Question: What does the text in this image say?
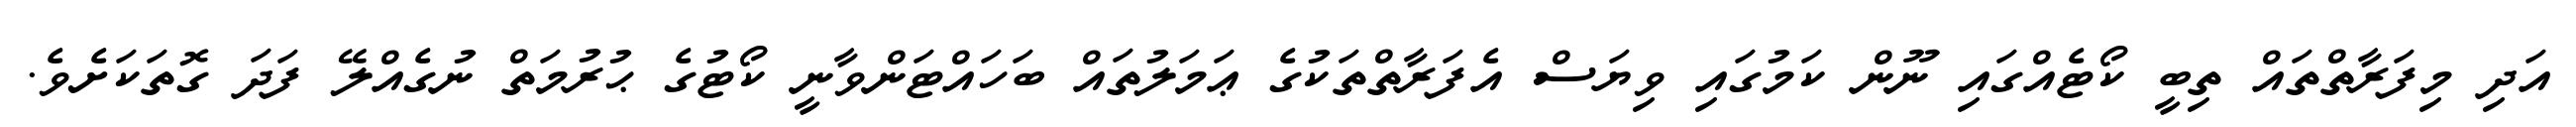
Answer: އަދި މިފަރާތްތައް ތިބީ ކޯޓެއްގައި ނޫން ކަމުގައި ވިޔަސް އެފަރާތްތަކުގެ ޢަމަލުތައް ބަހައްޓަންވާނީ ކޯޓުގެ ޙުރުމަތް ނުގެއްލޭ ފަދަ ގޮތަކަށެވެ.